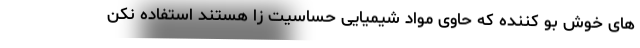
های خوش بو کننده که حاوی مواد شیمیایی حساسیت زا هستند استفاده نکن